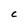
Character: C